Annual report of the Imperial Bacteriological Laboratory, Muktesar
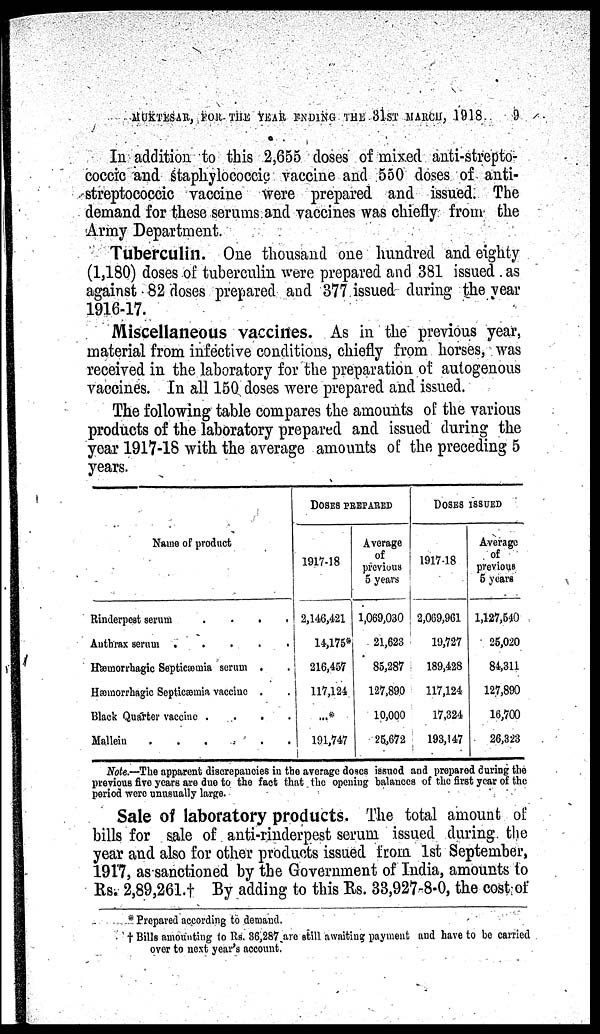
MUKTESAR, FOR THE YEAR ENDING THE 31ST MARCH, 1918
9
In addition to this 2,655 doses of mixed anti-strepto-
coccic and staphylococcic vaccine and 550 doses of anti-
streptococcic vaccine were prepared and issued. The
demand for these serums and vaccines was chiefly from the
Army Department.
Tuberculin. One thousand one hundred and eighty
(1,180) doses of tuberculin were prepared and 381 issued as
against 82 doses prepared and 377 issued during the year
1916-17.
Miscellaneous vaccines. As in the previous year,
material from infective conditions, chiefly from horses, was
received in the laboratory for the preparation of autogenous
vaccines. In all 150 doses were prepared and issued.
The following table compares the amounts of the various
products of the laboratory prepared and issued during the
year 1917-18 with the average amounts of the preceding 5
years.
Name of product
Rinderpest serum
....
Anthrax serum
.....
Hæmorrhagic Septicæmia serum .
Hæmorrhagic Septicæmia vaccine .
Black Quarter vaccine .
.
..
Mallein
.
.
DOSES PREPARED
1917-18
2,146,421
14,175*
216,457
117,124
...*
191,747
Average
of
previous
5 years
1,069,030
21,623
85,287
127,890
10,000
25,672
DOSES ISSUED
1917-18
2,069,961
19,727
189,428
117,124
17,324
193,147
Average
of
previous
5 years
1,127,540
25,020
84,311
127,890
16,700
26,323
Note.—The apparent discrepancies in the average doses issued and prepared during the
previous five years are due to the fact that the opening balances of the first year of the
period were unusually large.
Sale of laboratory products. The total amount of
bills for sale of anti-rinderpest serum issued during the
year and also for other products issued from 1st September,
1917, as sanctioned by the Government of India, amounts to
Rs. 2,89,261.† By adding to this Rs. 33,927-8-0, the cost of
*Prepared according to demand.
† Bills amounting to Rs. 36,287 are still awaiting payment and have to be carried
over to next year's account.